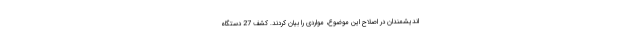
اندیشمندان در اصلاح این موضوع، مواردی را بیان کردند. کشف 27 دستگاه